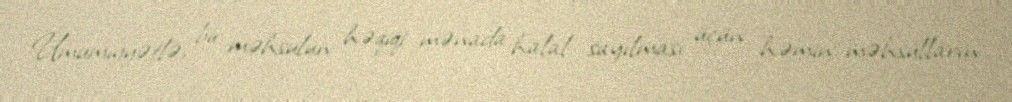
Ümumiyyətlə, bir məhsulun həqiqi mənada halal sayılması üçün həmin məhsulların